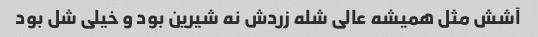
آشش مثل همیشه عالی شله زردش نه شیرین بود و خیلی شل بود